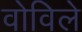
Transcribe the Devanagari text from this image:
वोविले